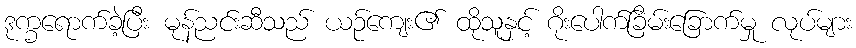
ဒုက္ခရောက်ခဲ့ပြီး မုန်ညင်းဆီသည် ယဉ်ကျေး၏ ထိုသူနှင့် ဂိုးပေါက်ခြိမ်းခြောက်မှု လုပ်များ